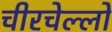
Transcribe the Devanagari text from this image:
चीरचेल्लो